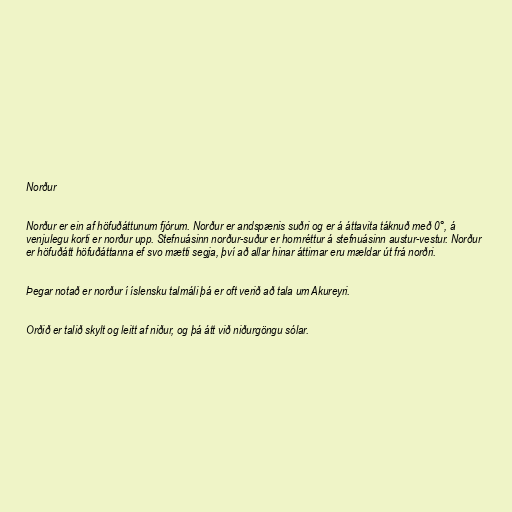
Norður

Norður er ein af höfuðáttunum fjórum. Norður er andspænis suðri og er á áttavita táknuð með 0°, á
venjulegu korti er norður upp. Stefnuásinn norður-suður er hornréttur á stefnuásinn austur-vestur. Norður
er höfuðátt höfuðáttanna ef svo mætti segja, því að allar hinar áttirnar eru mældar út frá norðri.

Þegar notað er norður í íslensku talmáli þá er oft verið að tala um Akureyri.

Orðið er talið skylt og leitt af niður, og þá átt við niðurgöngu sólar.